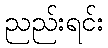
ညည်းရင်း